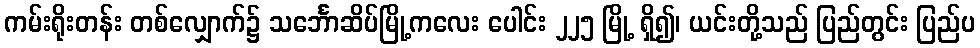
ကမ်းရိုးတန်း တစ်လျှောက်၌ သင်္ဘောဆိပ်မြို့ကလေး ပေါင်း ၂၂၅ မြို့ ရှိ၍၊ ယင်းတို့သည် ပြည်တွင်း ပြည်ပ